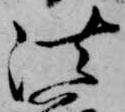
法